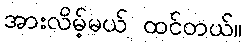
အားလိမ့်မယ် ထင်တယ်။